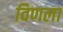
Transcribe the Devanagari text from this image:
विणला